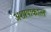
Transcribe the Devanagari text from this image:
अशायाकात्ल